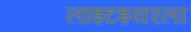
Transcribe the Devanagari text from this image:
लाइटइयरला